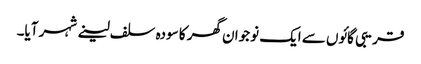
قریبی گائوں سے ایک نوجوان گھر کا سودہ سلف لینے شہر آیا۔